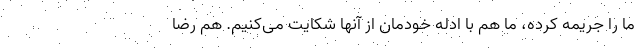
ما را جریمه کرده، ما هم با ادله خودمان از آنها شکایت می‌کنیم. هم رضا